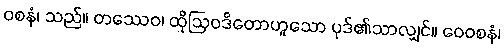
ဝစနံ၊ သည်။ တဿေဝ၊ ထိုဩဝဒိတောဟူသော ပုဒ်၏သာလျှင်။ ဝေဝစနံ၊